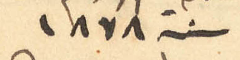
سنة 1878